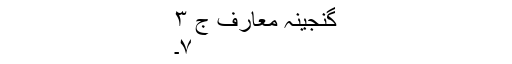
گنجینہ معارف ج ٣
٧۔